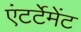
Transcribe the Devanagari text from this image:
एंटर्टेमेंट